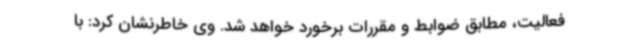
فعالیت، مطابق ضوابط و مقررات برخورد خواهد شد. وی خاطرنشان کرد: با